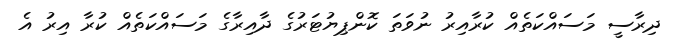
ދިރާސީ މަސައްކަތެއް ކުރާއިރު ނުވަތަ ކޮންޕިޔުޓަރުގެ ދާއިރާގެ މަސައްކަތެއް ކުރާ އިރު އެ